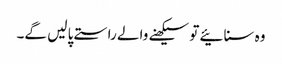
وہ سنائیے تو سیکھنے والے راستے پا لیں گے۔